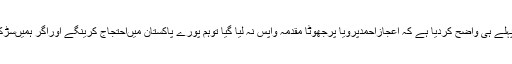
پنجاب باراورپا کستان بارنے پہلے ہی واضح کردیا ہے کہ اعجازاحمدپرویا پرجھوٹا مقدمہ واپس نہ لیا گیا توہم پورے پاکستان میںاحتجاج کرینگے اوراگر ہمیںسڑکوںپربھی نکلنا پڑاتونکلیںگے۔